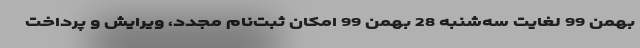
بهمن 99 لغایت سه‌شنبه 28 بهمن 99 امکان ثبت‌نام مجدد، ویرایش و پرداخت